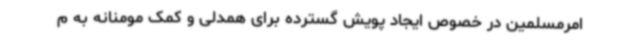
امرمسلمین در خصوص ایجاد پویش گسترده برای همدلی و کمک مومنانه به م